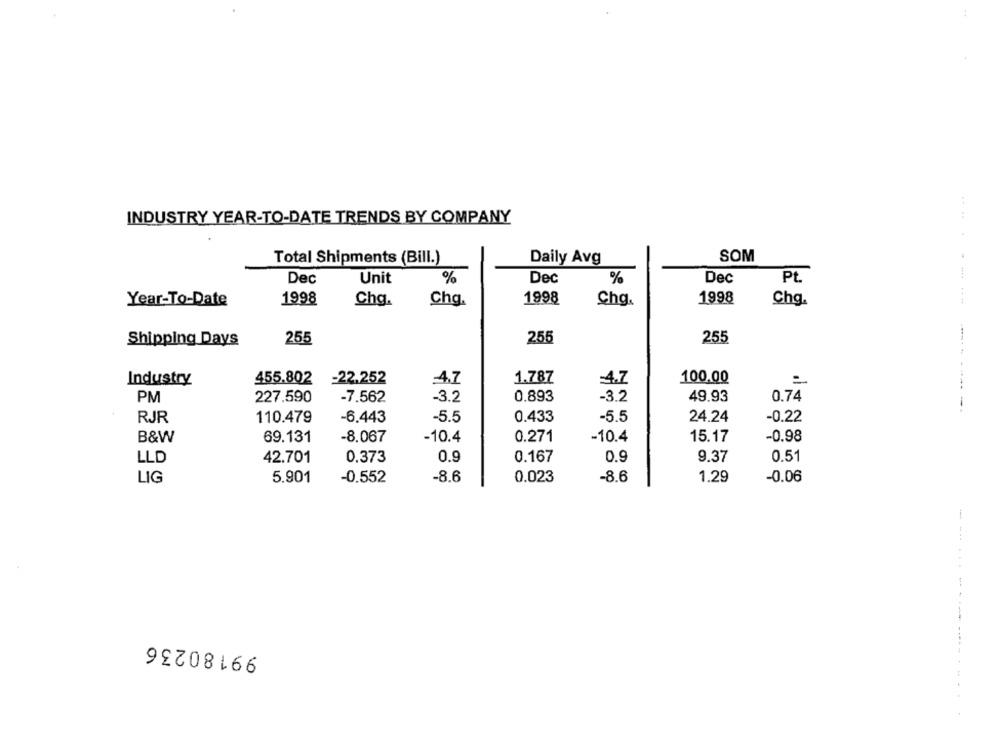
INDUSTRY YEAR-TO-DATE TRENDS BY COMPANY
Total Shipments (Bill.)
Daily Avg
SOM
......
Dec
Unit
%
Dec
%
Dec
Pt.
Year-To-Date
1998
Chg.
Chg.
1998
Chg.
1998
Chg.
Shipping Days
255
255
255
100.00
Industry
455.802
-22.252
4.7
1.787
4.7
PM
227.590
-7.562
-3.2
0.893
-3.2
49.93
0.74
---------- --
RJR
110.479
-6,443
-5.5
0.433
-5.5
24.24
-0.22
B&W
0.271
69.131
-8.067
-10.4
-10.4
15.17
-0.98
LLD
42.701
0.373
0.9
0.167
0.9
9.37
0.51
LIG
5.901
-0.552
-8.6
0.023
-8.6
1.29
-0.06
...----
99180236